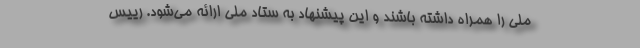
ملی را همراه داشته باشند و این پیشنهاد به ستاد ملی ارائه می‌شود. رییس